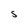
Character: S